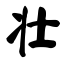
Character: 壮